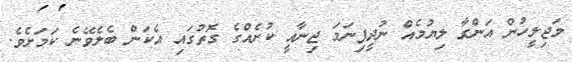
މަޖިލީހުން އަންގާ ލިޔުމެއް ނުދީފިނަމަ ޖިނާއީ ކުށެއްގެ ގޮތުގައި އެކަން ބެލެވޭނެ ކަމަށެވެ.